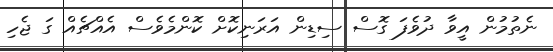
ނެތުމުން އީވާ ދުވެފަ ގޮސް ސިޑިން އަރަނިކޮށް ކޮންމެވެސް އެއްޗެއް ގަ ޖެހި